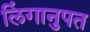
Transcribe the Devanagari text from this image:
लिंगानुपत